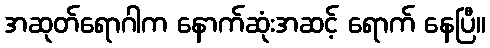
အဆုတ်ရောဂါက နောက်ဆုံးအဆင့် ရောက် နေပြီ။